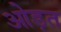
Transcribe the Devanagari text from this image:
ओड़त